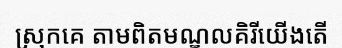
ស្រុកគេ តាមពិតមណ្ឌលគិរីយើងតើ